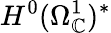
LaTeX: H^{0}(\Omega_{\mathbb{C}}^{1})^{*}